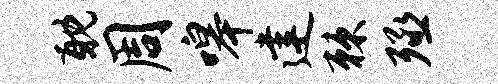
耽周嗥建棘殛